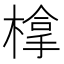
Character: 𣗯